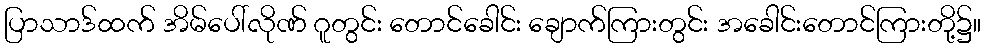
ပြာသာဒ်ထက် အိမ်ပေါ်လိုဏ် ဂူတွင်း တောင်ခေါင်း ချောက်ကြားတွင်း အခေါင်းတောင်ကြားတို့၌။